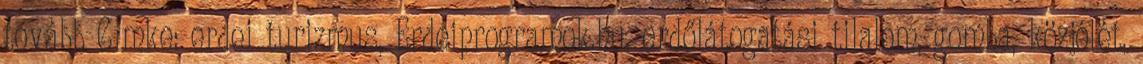
tovább Címke: erdei turizmus, Erdeiprogramok.hu, erdőlátogatási tilalom, gomba, közjólét,